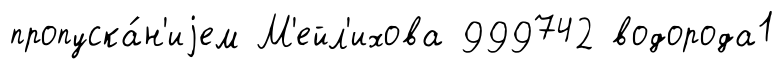
пропуска́н'иjем М'ейл'ихова 999742 водорода1